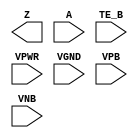
module sky130_fd_sc_hdll__einvn (
    Z   ,
    A   ,
    TE_B,
    VPWR,
    VGND,
    VPB ,
    VNB
);

    output Z   ;
    input  A   ;
    input  TE_B;
    input  VPWR;
    input  VGND;
    input  VPB ;
    input  VNB ;
endmodule